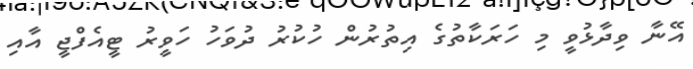
އޭނާ ވިދާޅުވީ މި ހަރަކާތުގެ އިތުރުން ހުކުރު ދުވަހު ހަވީރު ޓީއެފްޖީ އާއި